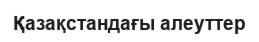
Қазақстандағы алеуттер